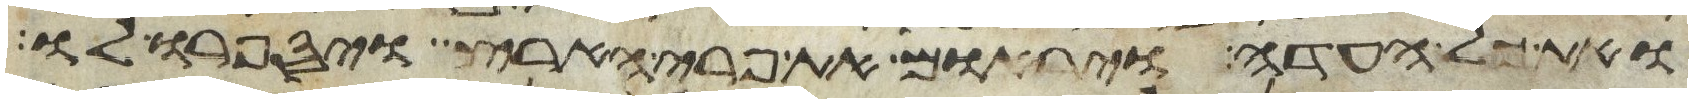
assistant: ואת כל העדה ויראום את פרי הארץ ויספרו לו